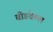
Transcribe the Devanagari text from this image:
बीडवेल्ल